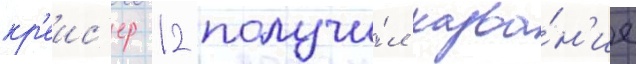
кр'еис'ер 12 получи́л назва́н'ие